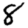
Digit: 8